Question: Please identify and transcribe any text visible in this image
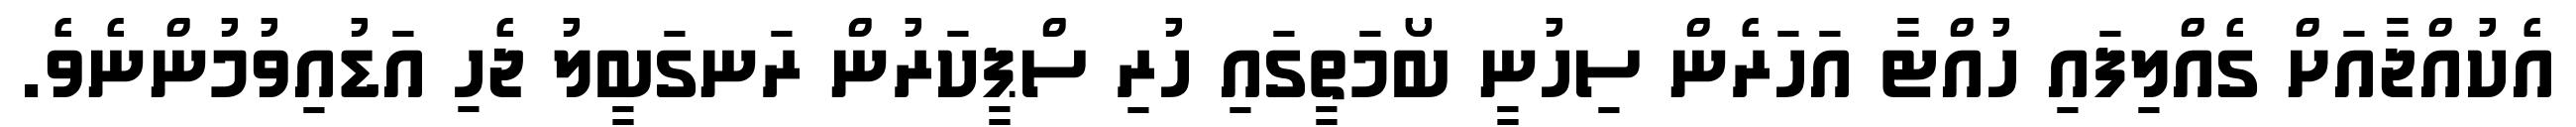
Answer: އެކުއްޖާއަށް ގެއްލިފައި ހުއްޓާ އަހަރެން ސިހުނީ ބޯމަތީގައި ހުރި ސްޕީކަރުން ރަނގަބީލު ޖެހި އަޑުއިވުމުންނެވެ.